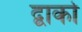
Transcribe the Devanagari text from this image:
द्वार्का